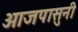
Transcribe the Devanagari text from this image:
आजपासुनी